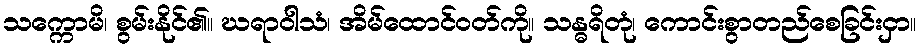
သက္ကောမိ၊ စွမ်းနိုင်၏။ ဃရာဝါသံ၊ အိမ်ထောင်ဝတ်ကို။ သန္ဓရိတုံ၊ ကောင်းစွာတည်စေခြင်းငှာ။